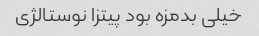
خیلی بدمزه بود پیتزا نوستالژی